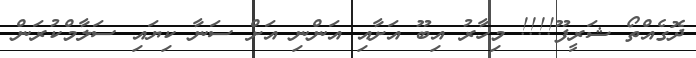
ދޮގެއްތޯ ޝަރީފޫ!!!! މިހާރު އިބޫ އަށާއި އަންނި އަށް ސަނާ ކިޔައި ސަލާމްކުރަން